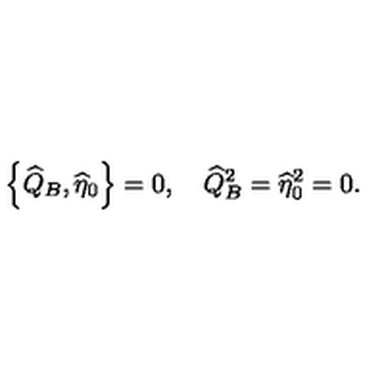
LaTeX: \left\{ \widehat { Q } _ { B } , \widehat { \eta } _ { 0 } \right\} = 0 , \quad \widehat { Q } _ { B } ^ { 2 } = \widehat { \eta } _ { 0 } ^ { 2 } = 0 .